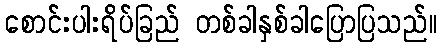
စောင်းပါးရိပ်ခြည် တစ်ခါနှစ်ခါပြောပြသည်။